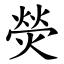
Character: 熒